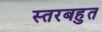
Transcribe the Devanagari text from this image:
स्तरबहुत